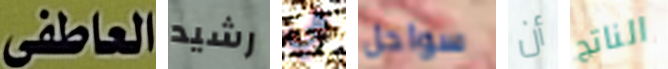
العاطفى رشيد هي سواحل أن الناتج